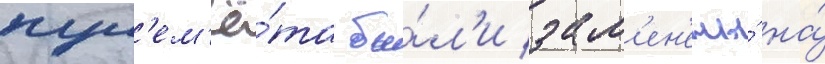
пул'ем'ё́та бы́л'и зам'ен'ены́ на́